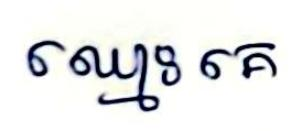
ឈ្មោះ គេ